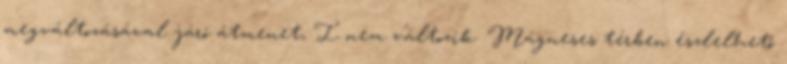
megváltozásával járó átmenet, I nem változik. Mágneses térben észlelhető